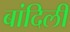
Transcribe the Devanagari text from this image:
बांदिली